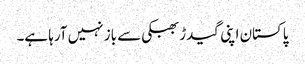
پاکستان اپنی گیدڑ بھبکی سے باز نہیں آرہا ہے۔